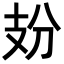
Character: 𢺺